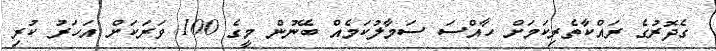
ގެދޮރުގެ ރައްކާތެރިކަމަށް ހާއްސަ ސަމާލުކަމެއް ބޭނުން މީގެ 100 ވަރަކަށް އަހަރު ކުރި